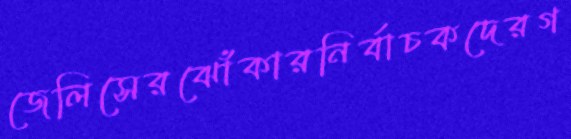
জেলিসেরঝোঁকারনির্বাচকদেরগ